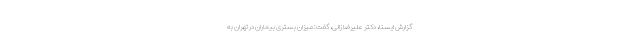
گزارش ایسنا، دکتر علیرضا زالی، گفت: میزان بستری بیماران در تهران به